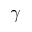
\gamma